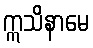
ဣသိနာမေ